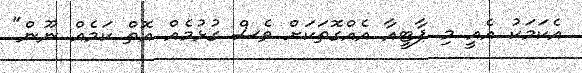
އެކަމަކު އެއީ މި ޕާޓީއާ އެއްގޮތަކަށް ވެސް ގުޅުމެއް އޮތް ކަމެއް ނޫން"